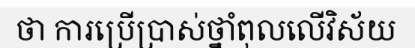
ថា ការប្រើប្រាស់ថ្នាំពុលលើវិស័យ